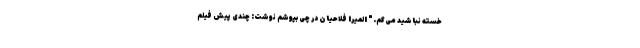
خسته نباشید می‌گم." المیرا فلاحیان در چی بپوشم نوشت: چندی پیش فیلم